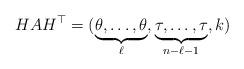
LaTeX: \begin{align*}HAH^\top=(\underbrace{\theta,\ldots,\theta}_{\ell},\underbrace{\tau,\ldots,\tau}_{n-\ell-1},k)\end{align*}